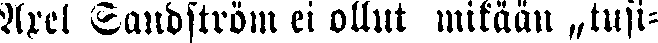
Axel Sandström ei ollut mitään tusin-